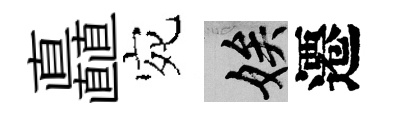
矗宛娭遷